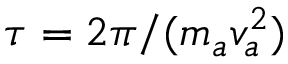
\tau = 2 \pi / ( m _ { a } v _ { a } ^ { 2 } )